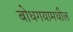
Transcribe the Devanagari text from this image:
बोधगयामधील